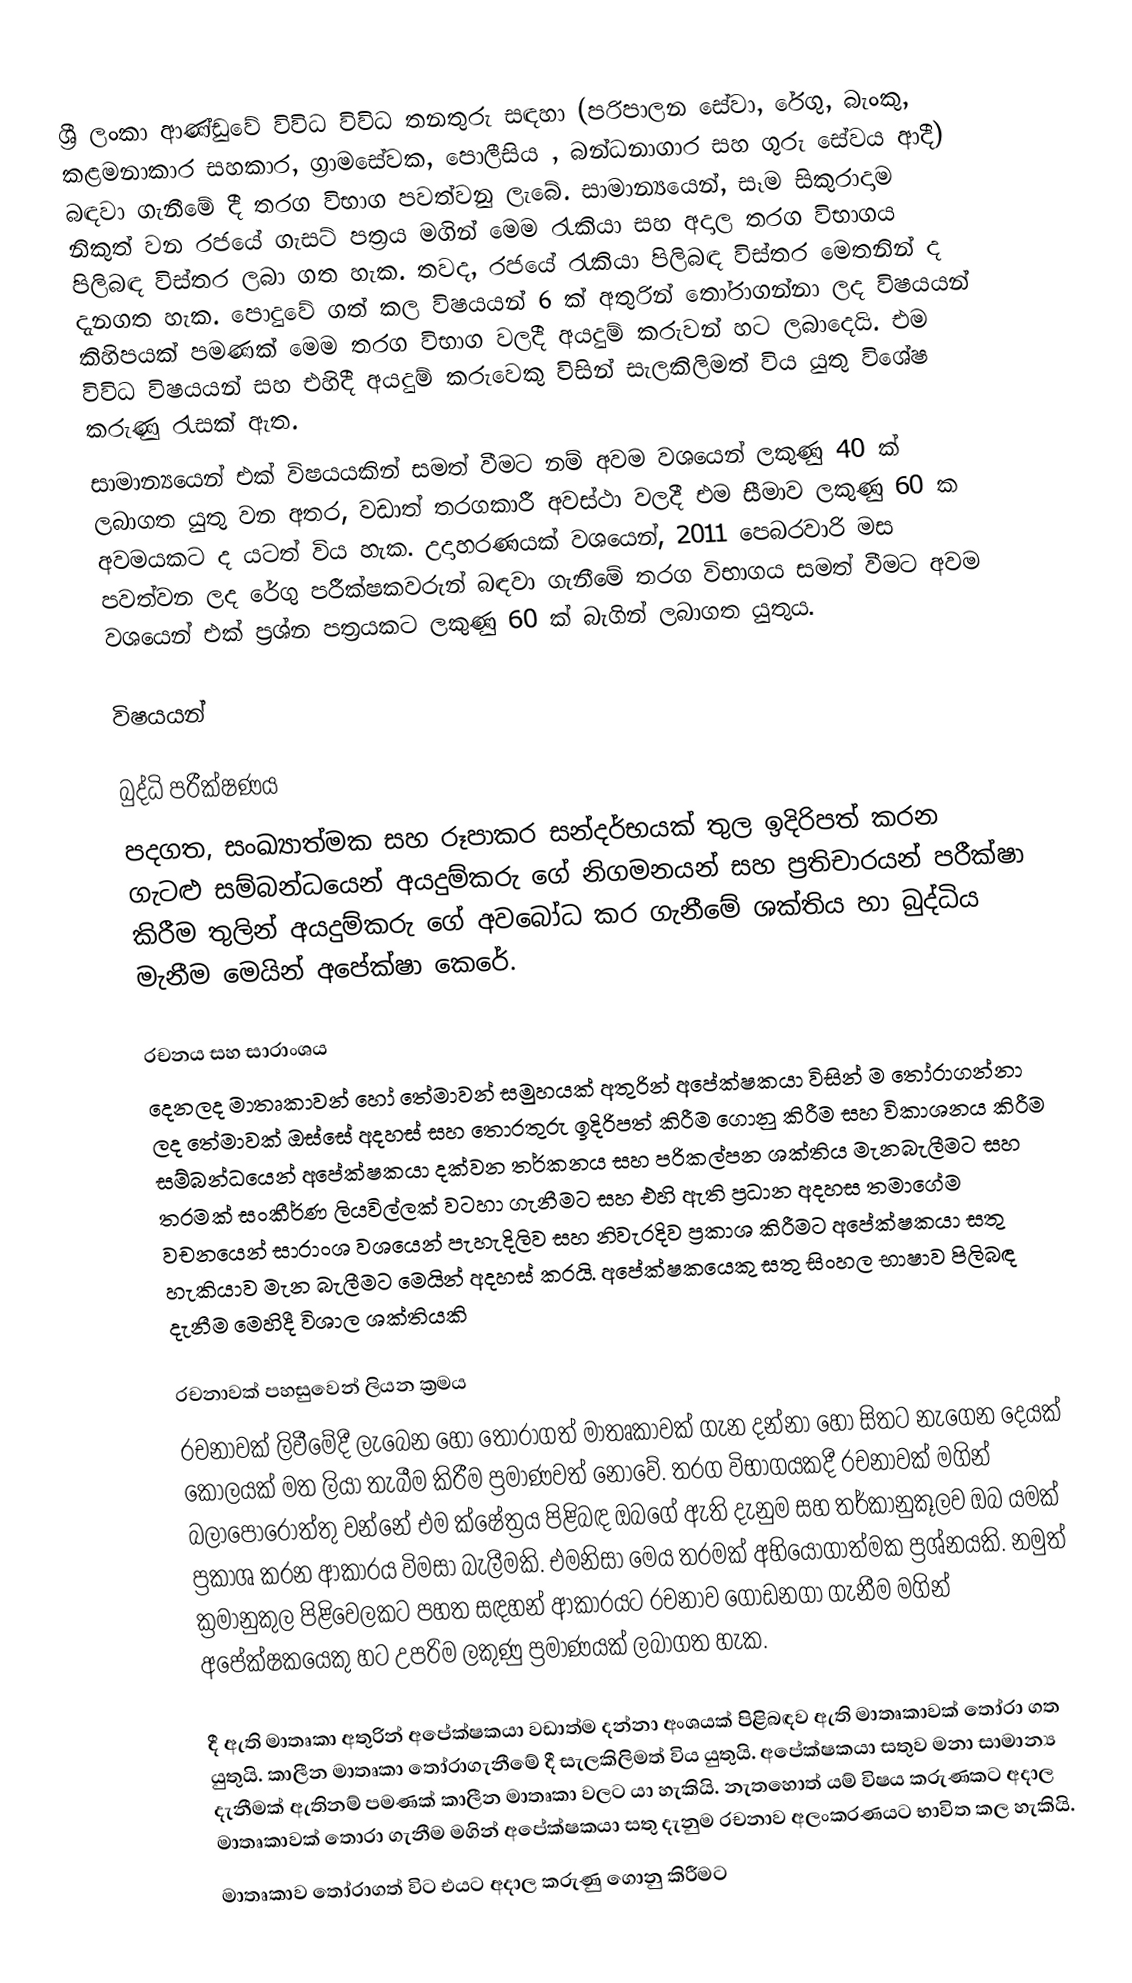
ශ්‍රී ලංකා ආණ්ඩුවේ විවිධ විවිධ තනතුරු සඳහා (පරිපාලන සේවා, රේගු, බැංකු, කළමනාකාර සහකාර, ග්‍රාමසේවක, පොලීසිය , බන්ධනාගාර සහ ගුරු සේවය ආදී) බඳවා ගැනීමේ දී තරග විභාග පවත්වනු ලැබේ. සාමාන්‍යයෙන්, සෑම සිකුරාදාම නිකුත් වන රජයේ ගැසට් පත්‍රය මගින් මෙම රැකියා සහ අදාල තරග විභාගය පිලිබඳ විස්තර ලබා ගත හැක. තවද, රජයේ රැකියා පිලිබඳ විස්තර මෙතනින් ද දැනගත හැක. පොදුවේ ගත් කල විෂයයන් 6 ක් අතුරින් තෝරාගන්නා ලද විෂයයන් කිහිපයක් පමණක්  මෙම තරග විභාග වලදී අයදුම් කරුවන් හට ලබාදෙයි. එම විවිධ විෂයයන් සහ එහිදී අයදුම් කරුවෙකු විසින් සැලකිලිමත් විය යුතු විශේෂ කරුණු රැසක් ඇත.
සාමාන්‍යයෙන් එක් විෂයයකින් සමත් වීමට නම් අවම වශයෙන් ලකුණු 40 ක් ලබාගත යුතු වන අතර, වඩාත් තරගකාරී අවස්ථා වලදී එම සීමාව ලකුණු 60 ක අවමයකට ද යටත් විය හැක. උදාහරණයක් වශයෙන්, 2011 පෙබරවාරි මස පවත්වන ලද රේගු පරීක්ෂකවරුන් බඳවා ගැනීමේ තරග විභාගය සමත් වීමට අවම වශයෙන් එක් ප්‍රශ්න පත්‍රයකට ලකුණු 60 ක් බැගින් ලබාගත යුතුය.

විෂයයන්

බුද්ධි පරීක්ෂණය
පදගත, සංඛ්‍යාත්මක සහ රූපාකර සන්දර්භයක් තුල  ඉදිරිපත් කරන ගැටළු සම්බන්ධයෙන් අයදුම්කරු ගේ නිගමනයන් සහ ප්‍රතිචාරයන් පරීක්ෂා කිරීම තුලින් අයදුම්කරු ගේ අවබෝධ කර ගැනීමේ ශක්තිය හා බුද්ධිය මැනීම මෙයින් අපේක්ෂා කෙරේ.

රචනය සහ සාරාංශය
දෙනලද මාතෘකාවන් හෝ තේමාවන් සමුහයක් අතුරින් අපේක්ෂකයා විසින් ම තෝරාගන්නා ලද තේමාවක් ඔස්සේ අදහස් සහ තොරතුරු ඉදිරිපත් කිරීම ගොනු කිරීම සහ විකාශනය කිරීම සම්බන්ධයෙන් අපේක්ෂකයා දක්වන තර්කනය සහ පරිකල්පන ශක්තිය මැනබැලීමට සහ තරමක් සංකීර්ණ ලියවිල්ලක් වටහා ගැනීමට සහ එහි ඇති ප්‍රධාන අදහස තමාගේම වචනයෙන් සාරාංශ වශයෙන් පැහැදිලිව සහ නිවැරදිව ප්‍රකාශ කිරීමට අපේක්ෂකයා සතු හැකියාව මැන  බැලීමට මෙයින් අදහස් කරයි. අපේක්ෂකයෙකු සතු සිංහල භාෂාව පිලිබඳ දැනීම මෙහිදී විශාල ශක්තියකි

රචනාවක් පහසුවෙන් ලියන ක්‍රමය
රචනාවක් ලිවීමේදී ලැබෙන හෝ තෝරාගත් මාතෘකාවක් ගැන දන්නා හෝ සිතට නැගෙන දෙයක් කොලයක් මත ලියා තැබීම කිරීම ප්‍රමාණවත් නොවේ. තරග විභාගයකදී රචනාවක් මගින් බලාපොරොත්තු වන්නේ එම ක්ෂේත්‍රය පිළිබඳ ඔබගේ ඇති දැනුම සහ තර්කානුකූලව ඔබ යමක් ප්‍රකාශ කරන ආකාරය විමසා බැලීමකි. එමනිසා මෙය තරමක් අභියෝගාත්මක ප්‍රශ්නයකි. නමුත් ක්‍රමානුකුල පිළිවෙලකට පහත සඳහන් ආකාරයට රචනාව ගොඩනගා ගැනීම මගින් අපේක්ෂකයෙකු හට උපරිම ලකුණු ප්‍රමාණයක් ලබාගත හැක.

  දී ඇති මාතෘකා අතුරින් අපේක්ෂකයා  වඩාත්ම දන්නා අංශයක් පිළිබඳව ඇති මාතෘකාවක් තෝරා ගත යුතුයි. කාලීන මාතෘකා තෝරාගැනීමේ දී සැලකිලිමත් විය යුතුයි. අපේක්ෂකයා සතුව මනා සාමාන්‍ය දැනීමක් ඇතිනම් පමණක් කාලීන මාතෘකා වලට යා හැකියි. නැතහොත් යම් විෂය කරුණකට අදාල මාතෘකාවක් තොරා ගැනීම මගින් අපේක්ෂකයා සතු දැනුම රචනාව අලංකරණයට භාවිත කල හැකියි.
  මාතෘකාව තෝරාගත් විට එයට අදාල කරුණු ගොනු කිරීමට